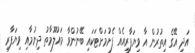
އަދި އޭގެ އިތުރުން އާ ވިޔަފާރިއެއް ފެށުމަށްޓަކައި ބޭނުންވާ މައުލޫމާތު ދިނުމާއި ވިޔަފާރި